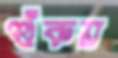
শুঁকয়